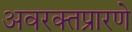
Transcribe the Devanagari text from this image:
अवरक्तप्रारणे